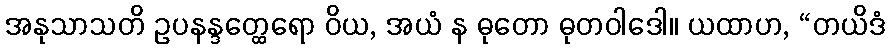
အနုသာသတိ ဥပနန္ဒတ္ထေရော ဝိယ, အယံ န ဓုတော ဓုတဝါဒေါ။ ယထာဟ, “တယိဒံ